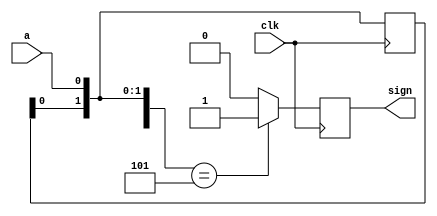
`timescale 1 ns/1 ps
module counter(
    input clk,
    input a,
    output reg sign
);
reg count = 0;
reg [2:0]s;
always @(posedge clk)begin
  s={s[1:0],a};
  if(s == 3'b101)begin
    count = count +1;
    sign = 1;
  end else begin
    sign =0;
  end
end
endmodule //

module exp6_td;
    reg a,clk;
    wire sidn;
    counter t(clk,a,sign);
    initial begin
      clk <= 0;
      repeat(100)begin
        #5 clk = ~clk; 
      end
    end
    initial begin
      $dumpfile("exp6_td.vcd");
      $dumpvars(0,exp6_td);
      a = 0;
      #20 a = 1;
      #10 a = 0;
      #10 a = 1;
      #30 a = 0;
      #10 a = 1;
    end

endmodule //